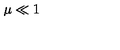
\mu \ll 1 \protect \protect \protect \protect